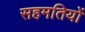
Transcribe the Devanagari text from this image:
सहमतियों